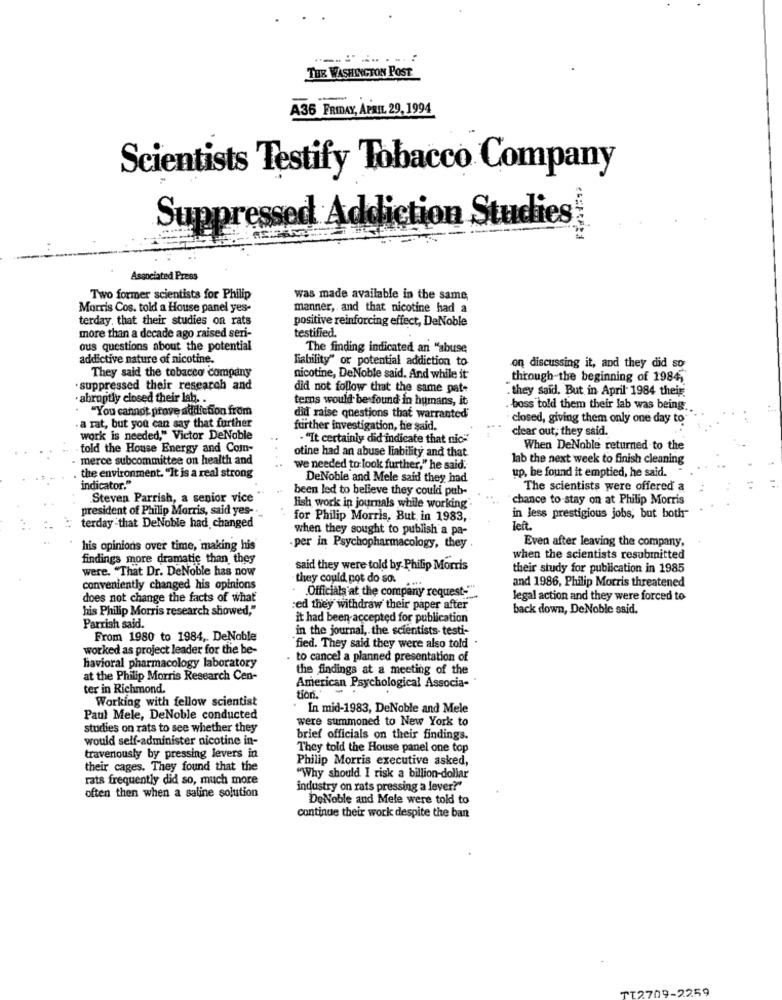
THE WASHINGTON POST
A36 FRIDAY, APRIL, 29, 1994
Scientists Testify Tobacco Company
Suppressed Addiction Studies
Associated Press
Two former scientists for Philip
was made available in the same
Morris Cos. told a House panel yes-
manner, and that nicotine had a
terday, that their studies on rats
positive reinforcing effect, DeNoble
testified.
more than a decade ago raised seri-
ous questions about the potential
The finding indicated an "abuse
addictive nature of nicotine.
liability" or potential addiction to
on discussing it, and they did so
They said the tobacco company
nicotine, DeNoble said. And while it
through the beginning of 1984,
· suppressed their research and
did not follow that the same pat-
.they said. But in April 1984 their
· abruptly closed their lab. .
terns would be found in humans, it
"You cannot prove addiction from
. boss told them their lab was being.
did raise questions that warranted
closed, giving them only one day to
. a rat, but you can say that further
further investigation, he said.
clear out; they said.
work is needed," Victor DeNoble
"It certainly did indicate that nic-
- told the House Energy and Com-
otine had an abuse liability and that.
When DeNoble returned to the
merce subcommittee on health and
lab the next week to finish cleaning
we needed to look further," he said.
up, be found it emptied, he said.
the environment. "It is a real strong
DeNoble and Mele said they had
indicator."
been led to believe they could pub-
The scientists were offered a
Steven Parrish, a senior vice
chance to stay on at Philip Morris
president of Philip Morris, said yes --
Fish work in journals while working.
for Philip Morris, But in 1983,
in less prestigious jobs, but both
terday -that DeNoble had changed
when they sought to publish a pa-
left.
his opinions over time, making his
per in Psychopharmacology, they
Even after leaving the company,
findings more dramatic than they
when the scientists resubmitted
were. "That Dr. DeNoble has now
said they were told by Philip Morris
their study for publication in 1985
they could pot do so.
and 1986, Philip Morris threatened
conveniently changed his opinions
Officials at the company request-"".
does not change the facts of what
legal action and they were forced to
his Philip Morris research showed,"
:ed they withdraw their paper after
back down, DeNoble said.
it had been accepted for publication
Parrish said.
in the journal, the scientists testi-
From 1980 to 1984, DeNable
worked as project leader for the be-
fied. They said they were also told
to cancel a planned presentation of
havioral pharmacology laboratory
the findings at a meeting of the
at the Philip Morris Research Cen-
ter in Richmond.
American Psychological Associa- "
Working with fellow scientist
tions."
· In mid-1983, DeNoble and Mele
Paul Mele, DeNoble conducted
were summoned to New York to
studies on rats to see whether they
would self-administer nicotine in-
brief officials on their findings.
They told the House panel one top
travenously by pressing levers in
Philip Morris executive asked,
their cages. They found that the
rats frequently did so, much more
"Why should I risk a billion-dollar
industry on rats pressing a lever?"
often then when a saline solution
DeNoble and Mele were told to
continue their work despite the ban
TT2709-2259